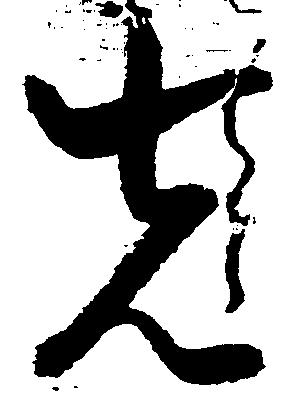
先